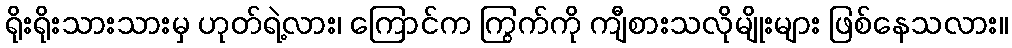
ရိုးရိုးသားသားမှ ဟုတ်ရဲ့လား၊ ကြောင်က ကြွက်ကို ကျီစားသလိုမျိုးများ ဖြစ်နေသလား။